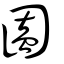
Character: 圔